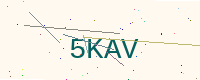
Text: 5KAV